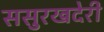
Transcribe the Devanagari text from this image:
ससुरखदेरी